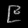
Digit: ၉